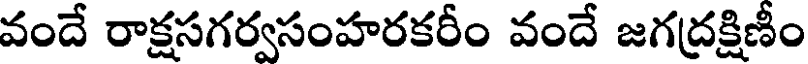
వందే రాక్షసగర్వసంహరకరీం వందే జగద్రక్షిణీం